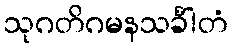
သုဂတိဂမနသင်္ခါတံ